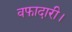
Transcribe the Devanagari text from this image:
वफादारी।